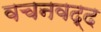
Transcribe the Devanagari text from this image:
वचनवद्द